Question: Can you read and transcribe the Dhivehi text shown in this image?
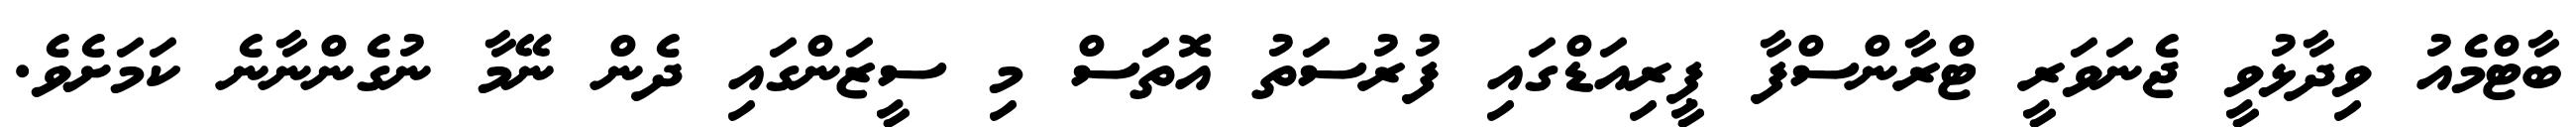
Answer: ބާޓްމެއު ވިދާޅުވީ ޖެނަވަރީ ޓްރާންސްފާ ޕީރިއަޑްގައި ފުރުސަތު އޮތަސް މި ސީޒަންގައި ދެން ނޭމާ ނުގެންނާނެ ކަމަށެވެ.